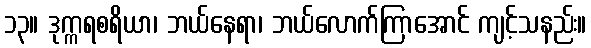
၁၃။ ဒုက္ကရစရိယာ၊ ဘယ်နေရာ၊ ဘယ်လောက်ကြာအောင် ကျင့်သနည်း။